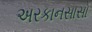
અરકાનસાસો